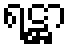
ရဋ္ဌာ